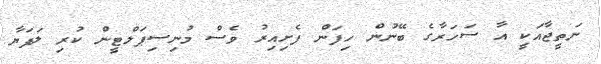
ނަތީޖާއަކީ އާ ސަހަރާގެ ބޭނުން ހިފަން ފެށިއިރު ވެސް މުނިސިޕަލްޓީން ކުރި ލަފަޔާ